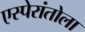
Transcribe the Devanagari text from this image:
एस्पेरांतोला